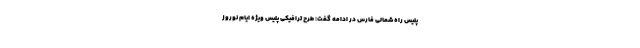
پلیس راه شمالی فارس در ادامه گفت: طرح ترافیکی پلیس ویژه ایام نوروز